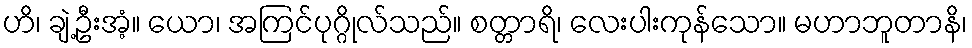
ဟိ၊ ချဲ့ဦးအံ့။ ယော၊ အကြင်ပုဂ္ဂိုလ်သည်။ စတ္တာရိ၊ လေးပါးကုန်သော။ မဟာဘူတာနိ၊